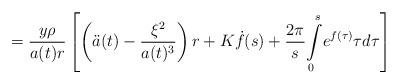
LaTeX: \begin{align*}=\frac{y\rho}{a(t)r}\left[ \left( \ddot{a}(t)-\frac{\xi^{2}}{a(t)^{3}}\right) r+K\dot{f}(s)+\frac{2\pi}{s}{\displaystyle\int\limits_{0}^{s}}e^{f(\tau)}\tau d\tau\right]\end{align*}